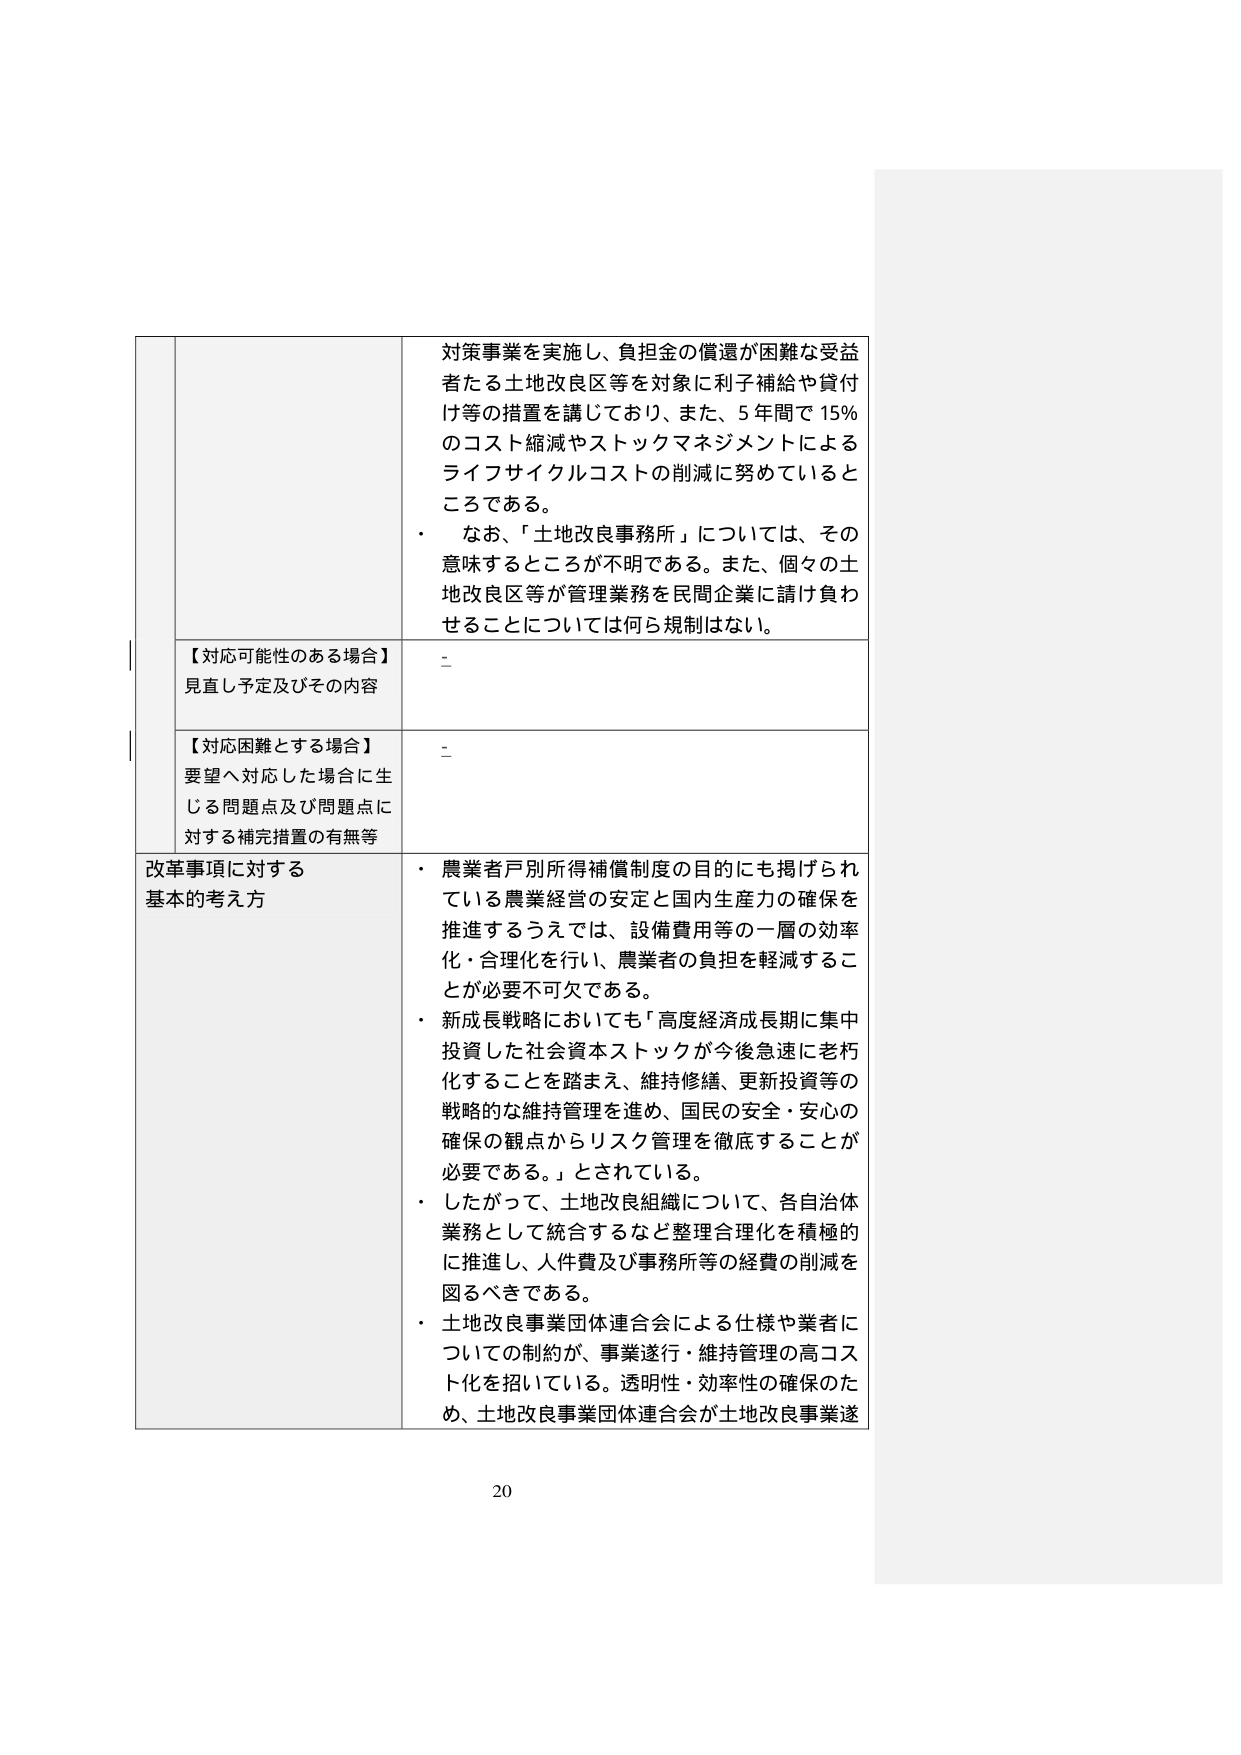
対策事業を実施し、負担金の償還が困難な受益者たる土地改良区等を対象に利子補給や貸付け等の措置を講じており、また、5年間で15％のコスト縮減やストックマネジメントによるライフサイクルコストの削減に努めているところである。
・ なお、「土地改良事務所」については、その意味するところが不明である。また、個々の土地改良区等が管理業務を民間企業に請け負わせることについては何ら規制はない。

【対応可能性のある場合】
見直し予定及びその内容
-

【対応困難とする場合】
要望へ対応した場合に生じる問題点及び問題点に対する補完措置の有無等
-

改革事項に対する
基本的考え方
・ 農業者戸別所得補償制度の目的にも掲げられている農業経営の安定と国内生産力の確保を推進するうえでは、設備費用等の一層の効率化・合理化を行い、農業者の負担を軽減することが必要不可欠である。
・ 新成長戦略においても「高度経済成長期に集中投資した社会資本ストックが今後急速に老朽化することを踏まえ、維持修繕、更新投資等の戦略的な維持管理を進め、国民の安全・安心の確保の観点からリスク管理を徹底することが必要である。」とされている。
・ したがって、土地改良組織について、各自治体業務として統合するなど整理合理化を積極的に推進し、人件費及び事務所等の経費の削減を図るべきである。
・ 土地改良事業団体連合会による仕様や業者についての制約が、事業遂行・維持管理の高コスト化を招いている。透明性・効率性の確保のため、土地改良事業団体連合会が土地改良事業遂

20